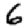
Digit: 6